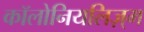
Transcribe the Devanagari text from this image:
कॉलोनियलिज़्म